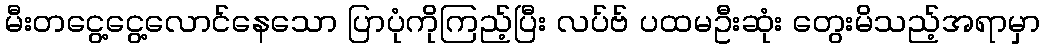
မီးတငွေ့ငွေ့လောင်နေသော ပြာပုံကိုကြည့်ပြီး လပ်ဗ် ပထမဦးဆုံး တွေးမိသည့်အရာမှာ